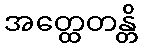
အတ္ထေတန္တိ